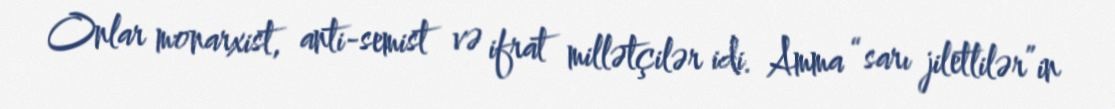
Onlar monarxist, anti-semist və ifrat millətçilər idi. Amma “sarı jiletlilər”in